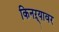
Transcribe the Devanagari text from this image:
किनऱ्यावर